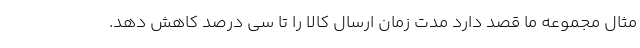
مثال مجموعه ما قصد دارد مدت زمان ارسال کالا را تا سی درصد کاهش دهد.